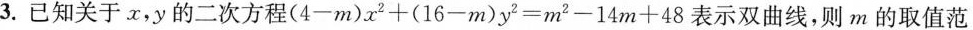
3.已知关于x，y的二次方程(4-m)x^{2}+(16-m)y^{2}=m^{2}-14m+48表示双曲线，则m的取值范